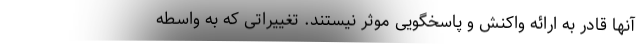
آنها قادر به ارائه واکنش و پاسخگویی موثر نیستند. تغییراتی که به واسطه